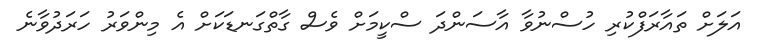
އަލަށް ތައާރަފްކުރި ހުސްނުވާ އާސަންދަ ސްކީމަށް ވެސް ގާތްގަނޑަކަށް އެ މިންވަރު ހަރަދުވާނެ